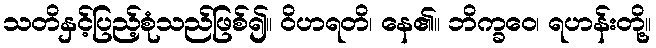
သတိနှင့်ပြည့်စုံသည်ဖြစ်၍။ ဝိဟရတိ၊ နေ၏။ ဘိက္ခဝေ၊ ရဟန်းတို့။